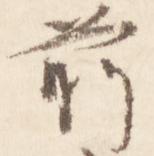
前